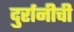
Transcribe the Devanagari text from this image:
दुर्रानीची